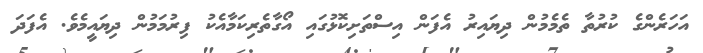
އަހަރެންގެ ކުރުތާ ތެމެމުން ދިޔައިރު އެފަން އިސްތަށިކޮޅުގައި އޯގާތެރިކަމާއެކު ފިރުމަމުން ދިޔައީމެވެ. އެފަދަ